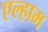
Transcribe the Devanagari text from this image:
एल्हाम